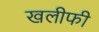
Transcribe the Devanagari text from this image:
खलीफी